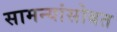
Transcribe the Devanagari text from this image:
सामन्यांसोबत